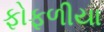
ફોફળીયા